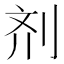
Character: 剂